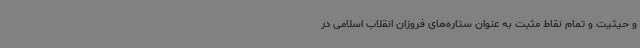
و حیثیت و تمام نقاط مثبت به عنوان ستاره‌های فروزان انقلاب اسلامی در